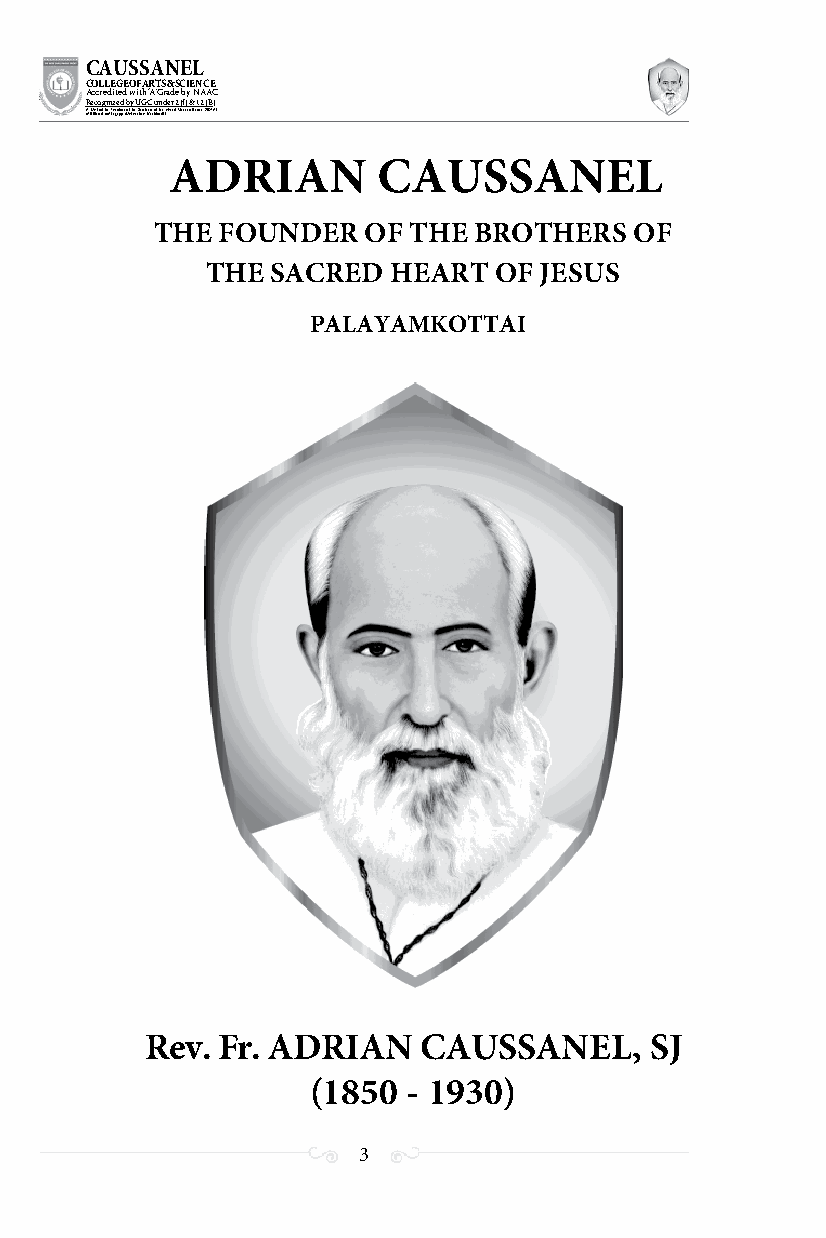
CAUSSANEL
 COLLEGE OF ARTS & SCIENCE
 Accredited with ‘A’ Grade by NAAC
 Recognized by UGC under 2 (f) & 12 (B)
 ((AA fUfilniaitt eodf ttoh eA Ilnasgtaitpuptae oUfn tihvee rBsirtoy,t hKerasr aoifk uthdei )S acred Heart of Jesus, INDIA)
 ADRIAN        CAUSSANEL
 THE FOUNDER   OF THE BROTHERS   OF
 THE SACRED  HEART  OF JESUS
 PALAYAMKOTTAI
 Rev. Fr. ADRIAN   CAUSSANEL,     SJ
 (1850  - 1930)
 3